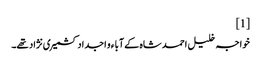
[1]
خواجہ خلیل احمد شاہ کے آبا ء و اجداد کشمیری نژاد تھے۔